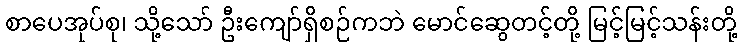
စာပေအုပ်စု၊ သို့သော် ဦးကျော်ရှိစဉ်ကဘဲ မောင်ဆွေတင့်တို့ မြင့်မြင့်သန်းတို့